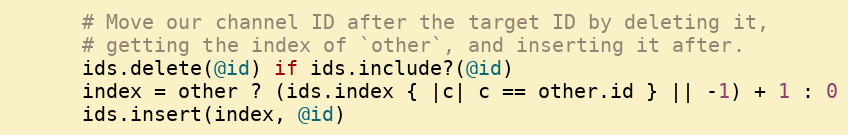
Language: Ruby
      # Move our channel ID after the target ID by deleting it,
      # getting the index of `other`, and inserting it after.
      ids.delete(@id) if ids.include?(@id)
      index = other ? (ids.index { |c| c == other.id } || -1) + 1 : 0
      ids.insert(index, @id)